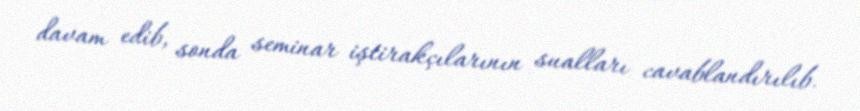
davam edib, sonda seminar iştirakçılarının sualları cavablandırılıb.